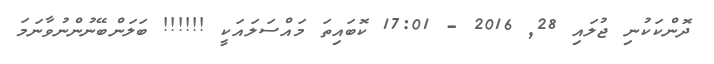
ދޮންކަކުނި ޖުލައި 28